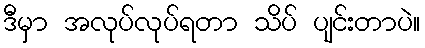
ဒီမှာ အလုပ်လုပ်ရတာ သိပ် ပျင်းတာပဲ။